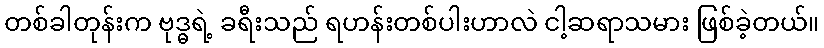
တစ်ခါတုန်းက ဗုဒ္ဓရဲ့ ခရီးသည် ရဟန်းတစ်ပါးဟာလဲ ငါ့ဆရာသမား ဖြစ်ခဲ့တယ်။